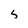
Character: s